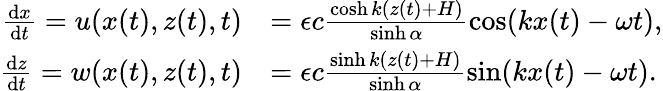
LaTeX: \begin{array}{rl}{\frac{\mathrm{d}x}{\mathrm{d}t}=u(x(t),z(t),t)}&{=\epsilon c\frac{\cosh k(z(t)+H)}{\sinh\alpha}\cos(kx(t)-\omega t),}\\ {\frac{\mathrm{d}z}{\mathrm{d}t}=w(x(t),z(t),t)}&{=\epsilon c\frac{\sinh k(z(t)+H)}{\sinh\alpha}\sin(kx(t)-\omega t).}\end{array}